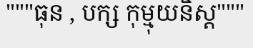
"""ធុន , បក្ស កុម្មុយនិស្ត"""